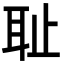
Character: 耻